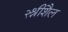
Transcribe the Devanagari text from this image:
२श्रीशैल